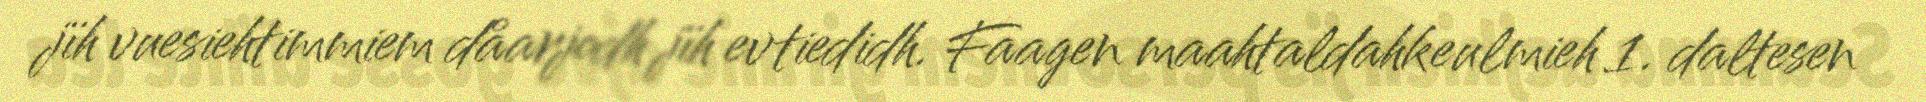
jïh vuesiehtimmiem dåarjodh jïh evtiedidh. Faagen maahtaldahkeulmieh 1. daltesen